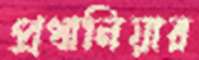
প্রধানিয়ার